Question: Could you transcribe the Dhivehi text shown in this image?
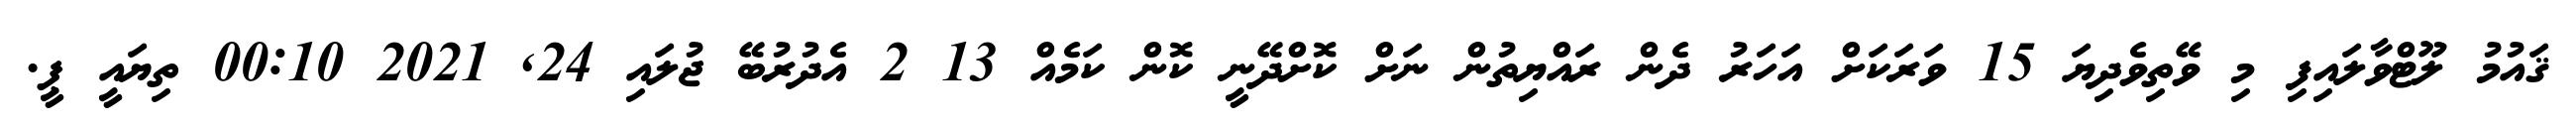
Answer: ޤައުމު ލޫޓްވާލައިފި މި ވޭތިވެދިޔަ 15 ވަރަކަށް އަހަރު ދެން ރައްޔިތުން ނަށް ކޮށްދޭނީ ކޮން ކަމެއް 13 2 އެދުރުބޭ ޖުލައި 24, 2021 00:10 ތިޔައީ ޕީ.